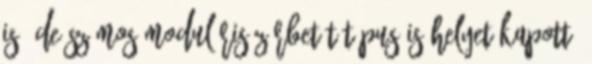
is, de számos moduláris zárbetét típus is helyet kapott.